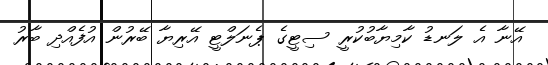
އޭނާ އެ ލަނޑު ކާމިޔާބުކުރީ ސިޓީގެ ޕެނަލްޓީ އޭރިޔާ ބޭރުން އުފެއްދި ބާރު